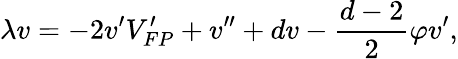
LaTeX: \lambda v=-2v^{\prime}V_{FP}^{\prime}+v^{\prime\prime}+dv-\frac{d-2}{2}\varphi v^{\prime},